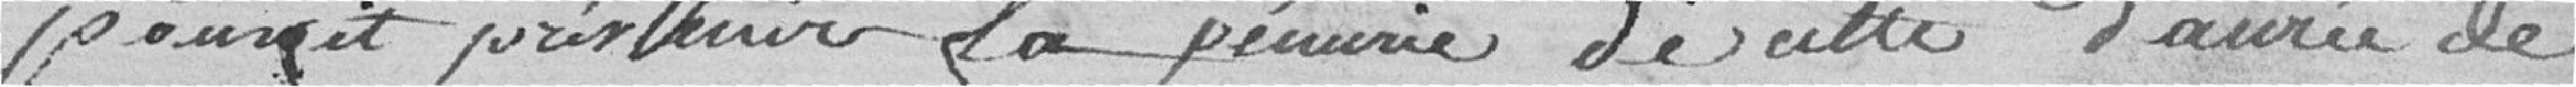
pourrait prévenir la pénurie de cette denrée de